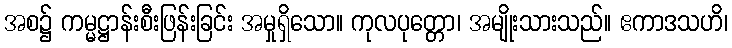
အစ၌ ကမ္မဋ္ဌာန်းစီးဖြန်းခြင်း အမှုရှိသော။ ကုလပုတ္တော၊ အမျိုးသားသည်။ ဧကာဒသဟိ၊